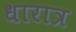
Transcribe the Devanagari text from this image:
धारात्र